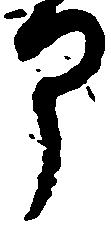
部